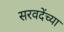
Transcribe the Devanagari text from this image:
सरवदेंच्या